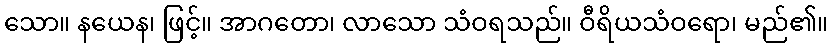
သော။ နယေန၊ ဖြင့်။ အာဂတော၊ လာသော သံဝရသည်။ ဝီရိယသံဝရော၊ မည်၏။